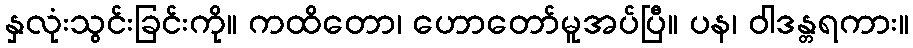
နှလုံးသွင်းခြင်းကို။ ကထိတော၊ ဟောတော်မူအပ်ပြီ။ ပန၊ ဝါဒန္တရကား။